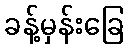
ခန့်မှန်းခြေ